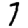
Digit: 7